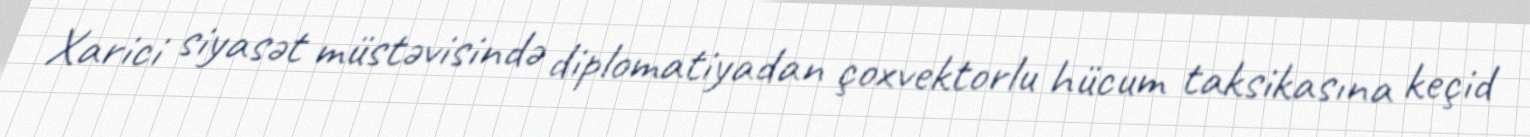
Xarici siyasət müstəvisində diplomatiyadan çoxvektorlu hücum taksikasına keçid